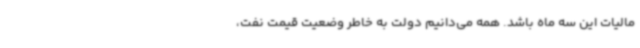
مالیات این سه ماه باشد. همه می‌دانیم دولت به خاطر وضعیت قیمت نفت،